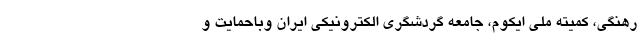
رهنگی، کمیته ملی ایکوم، جامعه گردشگری الکترونیکی ایران وباحمایت و